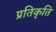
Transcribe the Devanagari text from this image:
प्रतिकृति